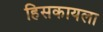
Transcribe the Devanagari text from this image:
हिसकायला